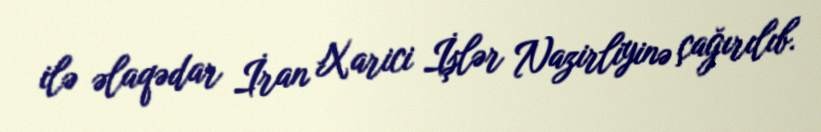
ilə əlaqədar İran Xarici İşlər Nazirliyinə çağırılıb.